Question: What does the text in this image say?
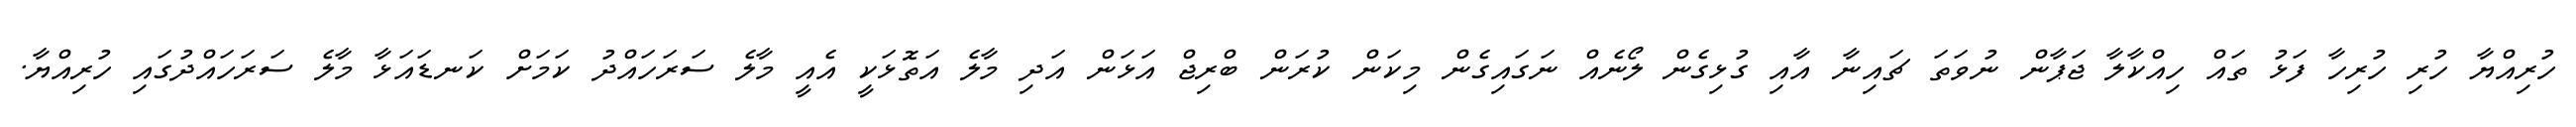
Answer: ހުރިއްޔާ ހުރި ހުރިހާ ފަޅު ތައް ހިއްކާލާ ޖަޕާން ނުވަތަ ޗައިނާ އާއި ގުޅިގެން ލޯނެއް ނަގައިގެން މިކަން ކުރަން ބްރިޖް އަޅަން އަދި މާލެ އަތޮޅަކީ އެއީ މާލެ ސަރަހައްދު ކަމަށް ކަނޑައަޅާ މާލެ ސަރަހައްދުގައި ހުރިއްޔާ.